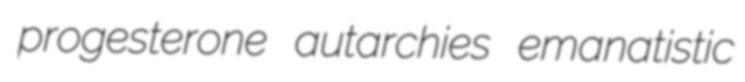
progesterone autarchies emanatistic